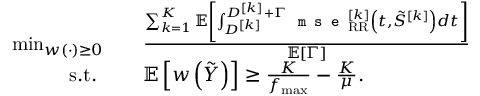
\begin{array} { r l } { \operatorname* { m i n } _ { w ( \cdot ) \geq 0 } } & { \quad \frac { \sum _ { k = 1 } ^ { K } { \mathbb { E } } \left[ \int _ { D ^ { [ k ] } } ^ { D ^ { [ k ] } + \Gamma } \texttt { m s e } _ { \mathrm { R R } } ^ { [ k ] } \left( t , \tilde { S } ^ { [ k ] } \right) d t \right] } { \mathbb { E } \left[ \Gamma \right] } } \\ { \mathrm { s . t . ~ } } & { \quad { \mathbb { E } } \left[ w \left( \tilde { Y } \right) \right] \geq \frac { K } { f _ { \operatorname* { m a x } } } - \frac { K } { \mu } . } \end{array}